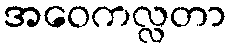
အဝေကလ္လတာ